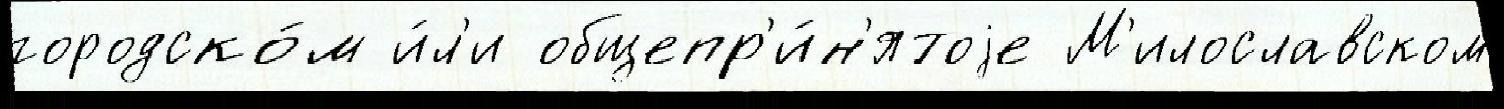
городско́м и́л'и общепр'и́н'ятоjе М'илославском